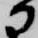
に